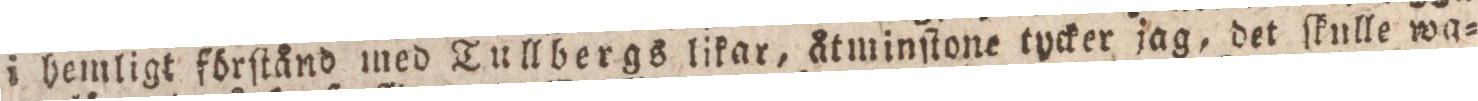
i hemligt förſtånd med Tullbergs likar, åtminſtone tycker jag, det ſknlle wa=